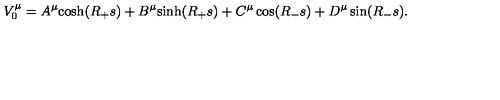
V _ { 0 } ^ { \mu } = A ^ { \mu } \mathrm { c o s h } ( R _ { + } s ) + B ^ { \mu } \mathrm { s i n h } ( R _ { + } s ) + C ^ { \mu } \cos ( R _ { - } s ) + D ^ { \mu } \sin ( R _ { - } s ) .